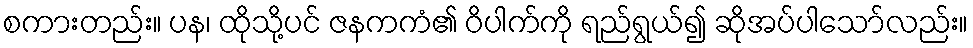
စကားတည်း။ ပန၊ ထိုသို့ပင် ဇနကကံ၏ ဝိပါက်ကို ရည်ရွယ်၍ ဆိုအပ်ပါသော်လည်း။